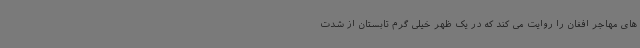
های مهاجر افغان را روایت می کند که در یک ظهر خیلی گرم تابستان از شدت